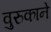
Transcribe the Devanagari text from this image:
वुरुकाने